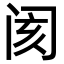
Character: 阂